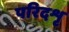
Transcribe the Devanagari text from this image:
परिदशृ